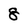
Character: 8